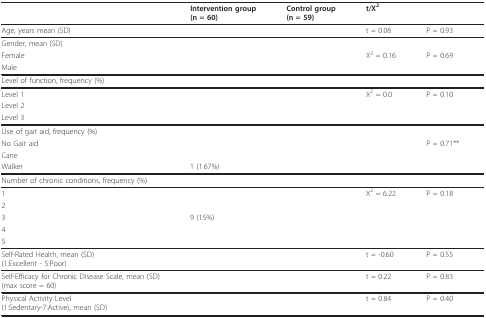
<table><thead><tr><td>[EMPTY_CELL]</td><td><b>Intervention group(n = 60)</b></td><td><b>Control group(n = 59)</b></td><td><b>t/X<sup>2</sup></b></td><td>[EMPTY_CELL]</td></tr></thead><tbody><tr><td>Age, years mean (SD)</td><td>[EMPTY_CELL]</td><td>[EMPTY_CELL]</td><td>t = 0.08</td><td>P = 0.93</td></tr><tr><td colspan="5">Gender, mean (SD)</td></tr><tr><td>Female</td><td>[EMPTY_CELL]</td><td>[EMPTY_CELL]</td><td>X<sup>2 </sup>= 0.16</td><td>P = 0.69</td></tr><tr><td>Male</td><td>[EMPTY_CELL]</td><td>[EMPTY_CELL]</td><td>[EMPTY_CELL]</td><td>[EMPTY_CELL]</td></tr><tr><td colspan="5">Level of function, frequency (%)</td></tr><tr><td>Level 1</td><td>[EMPTY_CELL]</td><td>[EMPTY_CELL]</td><td>X<sup>2 </sup>= 0.0</td><td>P = 0.10</td></tr><tr><td>Level 2</td><td>[EMPTY_CELL]</td><td>[EMPTY_CELL]</td><td>[EMPTY_CELL]</td><td>[EMPTY_CELL]</td></tr><tr><td>Level 3</td><td>[EMPTY_CELL]</td><td>[EMPTY_CELL]</td><td>[EMPTY_CELL]</td><td>[EMPTY_CELL]</td></tr><tr><td colspan="5">Use of gait aid, frequency (%)</td></tr><tr><td>No Gait aid</td><td>[EMPTY_CELL]</td><td>[EMPTY_CELL]</td><td>[EMPTY_CELL]</td><td>P = 0.71**</td></tr><tr><td>Cane</td><td>[EMPTY_CELL]</td><td>[EMPTY_CELL]</td><td>[EMPTY_CELL]</td><td>[EMPTY_CELL]</td></tr><tr><td>Walker</td><td>1 (1.67%)</td><td>[EMPTY_CELL]</td><td>[EMPTY_CELL]</td><td>[EMPTY_CELL]</td></tr><tr><td colspan="5">Number of chronic conditions, frequency (%)</td></tr><tr><td>1</td><td>[EMPTY_CELL]</td><td>[EMPTY_CELL]</td><td>X<sup>2 </sup>= 6.22</td><td>P = 0.18</td></tr><tr><td>2</td><td>[EMPTY_CELL]</td><td>[EMPTY_CELL]</td><td>[EMPTY_CELL]</td><td>[EMPTY_CELL]</td></tr><tr><td>3</td><td>9 (15%)</td><td>[EMPTY_CELL]</td><td>[EMPTY_CELL]</td><td>[EMPTY_CELL]</td></tr><tr><td>4</td><td>[EMPTY_CELL]</td><td>[EMPTY_CELL]</td><td>[EMPTY_CELL]</td><td>[EMPTY_CELL]</td></tr><tr><td>5</td><td>[EMPTY_CELL]</td><td>[EMPTY_CELL]</td><td>[EMPTY_CELL]</td><td>[EMPTY_CELL]</td></tr><tr><td>Self-Rated Health, mean (SD)(1:Excellent - 5:Poor)</td><td>[EMPTY_CELL]</td><td>[EMPTY_CELL]</td><td>t = -0.60</td><td>P = 0.55</td></tr><tr><td>Self-Efficacy for Chronic Disease Scale, mean (SD)(max score = 60)</td><td>[EMPTY_CELL]</td><td>[EMPTY_CELL]</td><td>t = 0.22</td><td>P = 0.83</td></tr><tr><td>Physical Activity Level(1:Sedentary-7:Active), mean (SD)</td><td>[EMPTY_CELL]</td><td>[EMPTY_CELL]</td><td>t = 0.84</td><td>P = 0.40</td></tr></tbody></table>